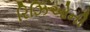
રિઝિઓની